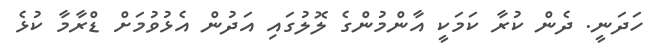
ހަދަނީ. ދެން ކުރާ ކަމަކީ އާންމުންގެ ލޮލުގައި އަދުން އެޅުވުމަށް ޑްރާމާ ކުޅެ